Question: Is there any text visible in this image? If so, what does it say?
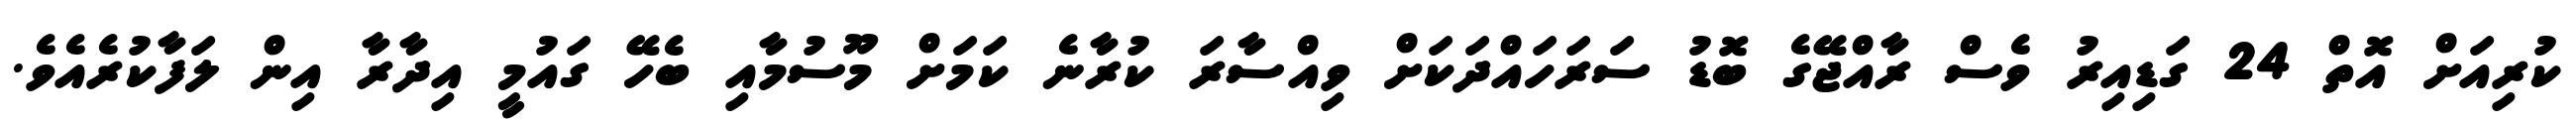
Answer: ކުރިއަށް އޮތް 24 ގަޑިއިރު ވެސް ރާއްޖޭގެ ބޮޑު ސަރަހައްދަކަށް ވިއްސާރަ ކުރާނެ ކަމަށް މޫސުމާއި ބެހޭ ގައުމީ އިދާރާ އިން ލަފާކުރެއެވެ.